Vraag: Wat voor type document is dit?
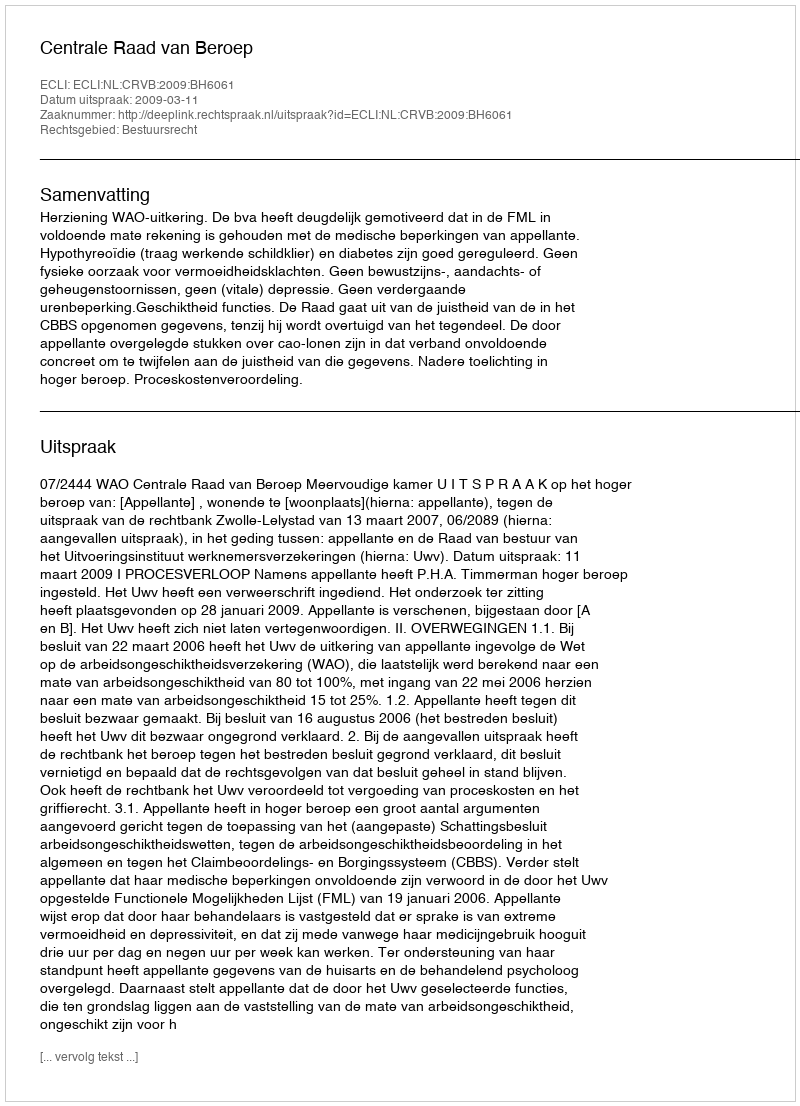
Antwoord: Uitspraak